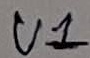
Text: U1